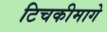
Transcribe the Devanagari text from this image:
टिचकीमागे